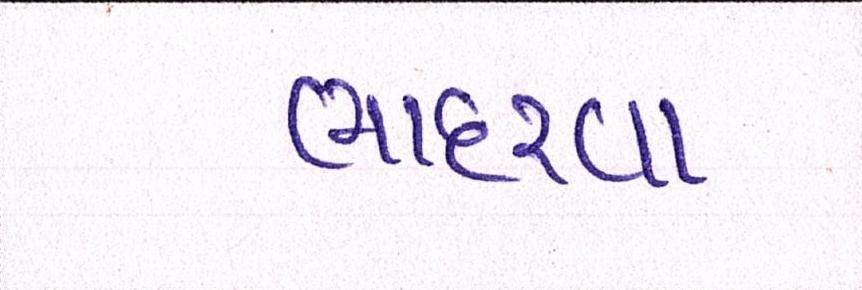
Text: ભાદરવા